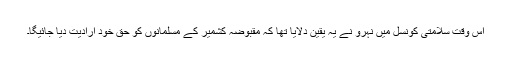
اس وقت سلامتی کونسل میں نہرو نے یہ یقین دلایا تھا کہ مقبوضہ کشمیر کے مسلمانوں کو حق خود ارادیت دیا جائیگا۔